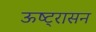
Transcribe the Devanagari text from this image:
ऊष्ट्रासन